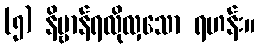
(၅) နိဗ္ဗာန်ရလိုလှသော ရဟန်း။